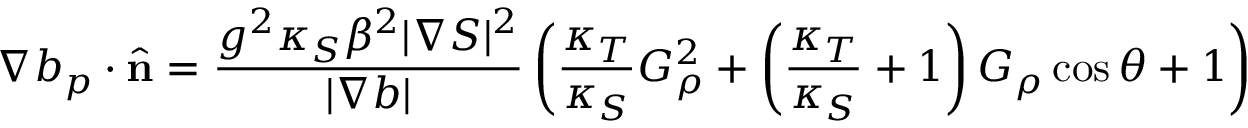
\nabla b _ { p } \cdot \hat { \bf n } = \frac { g ^ { 2 } \kappa _ { S } \beta ^ { 2 } | \nabla S | ^ { 2 } } { | \nabla b | } \left( \frac { \kappa _ { T } } { \kappa _ { S } } G _ { \rho } ^ { 2 } + \left( \frac { \kappa _ { T } } { \kappa _ { S } } + 1 \right) G _ { \rho } \cos { \theta } + 1 \right)